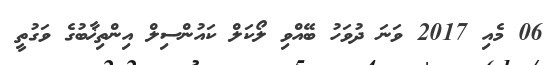
06 މެއި 2017 ވަނަ ދުވަހު ބޭއްވި ލޯކަލް ކައުންސިލް އިންތިޚާބުގެ ވަގުތީ